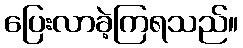
ပြေးလာခဲ့ကြရသည်။